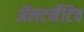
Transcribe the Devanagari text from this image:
ॲलटर्नेटिव